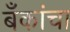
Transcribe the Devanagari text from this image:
बँकांचा